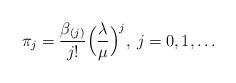
LaTeX: \begin{align*}\pi_j = \frac{\beta_{(j)}}{j!} \Big (\frac{\lambda}{\mu}\Big )^j,\>j=0,1,\ldots\end{align*}